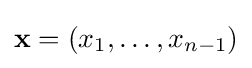
\mathbf {x} =(x_{1},\ldots ,x_{n-1})